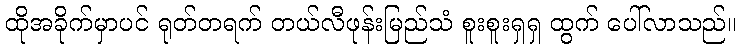
ထိုအခိုက်မှာပင် ရုတ်တရက် တယ်လီဖုန်းမြည်သံ စူးစူးရှရှ ထွက် ပေါ်လာသည်။